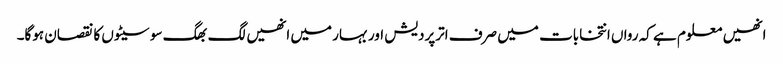
انھیں معلوم ہے کہ رواں انتخابات میں صرف اترپردیش اور بہار میں انھیں لگ بھگ سو سیٹوں کا نقصان ہوگا۔